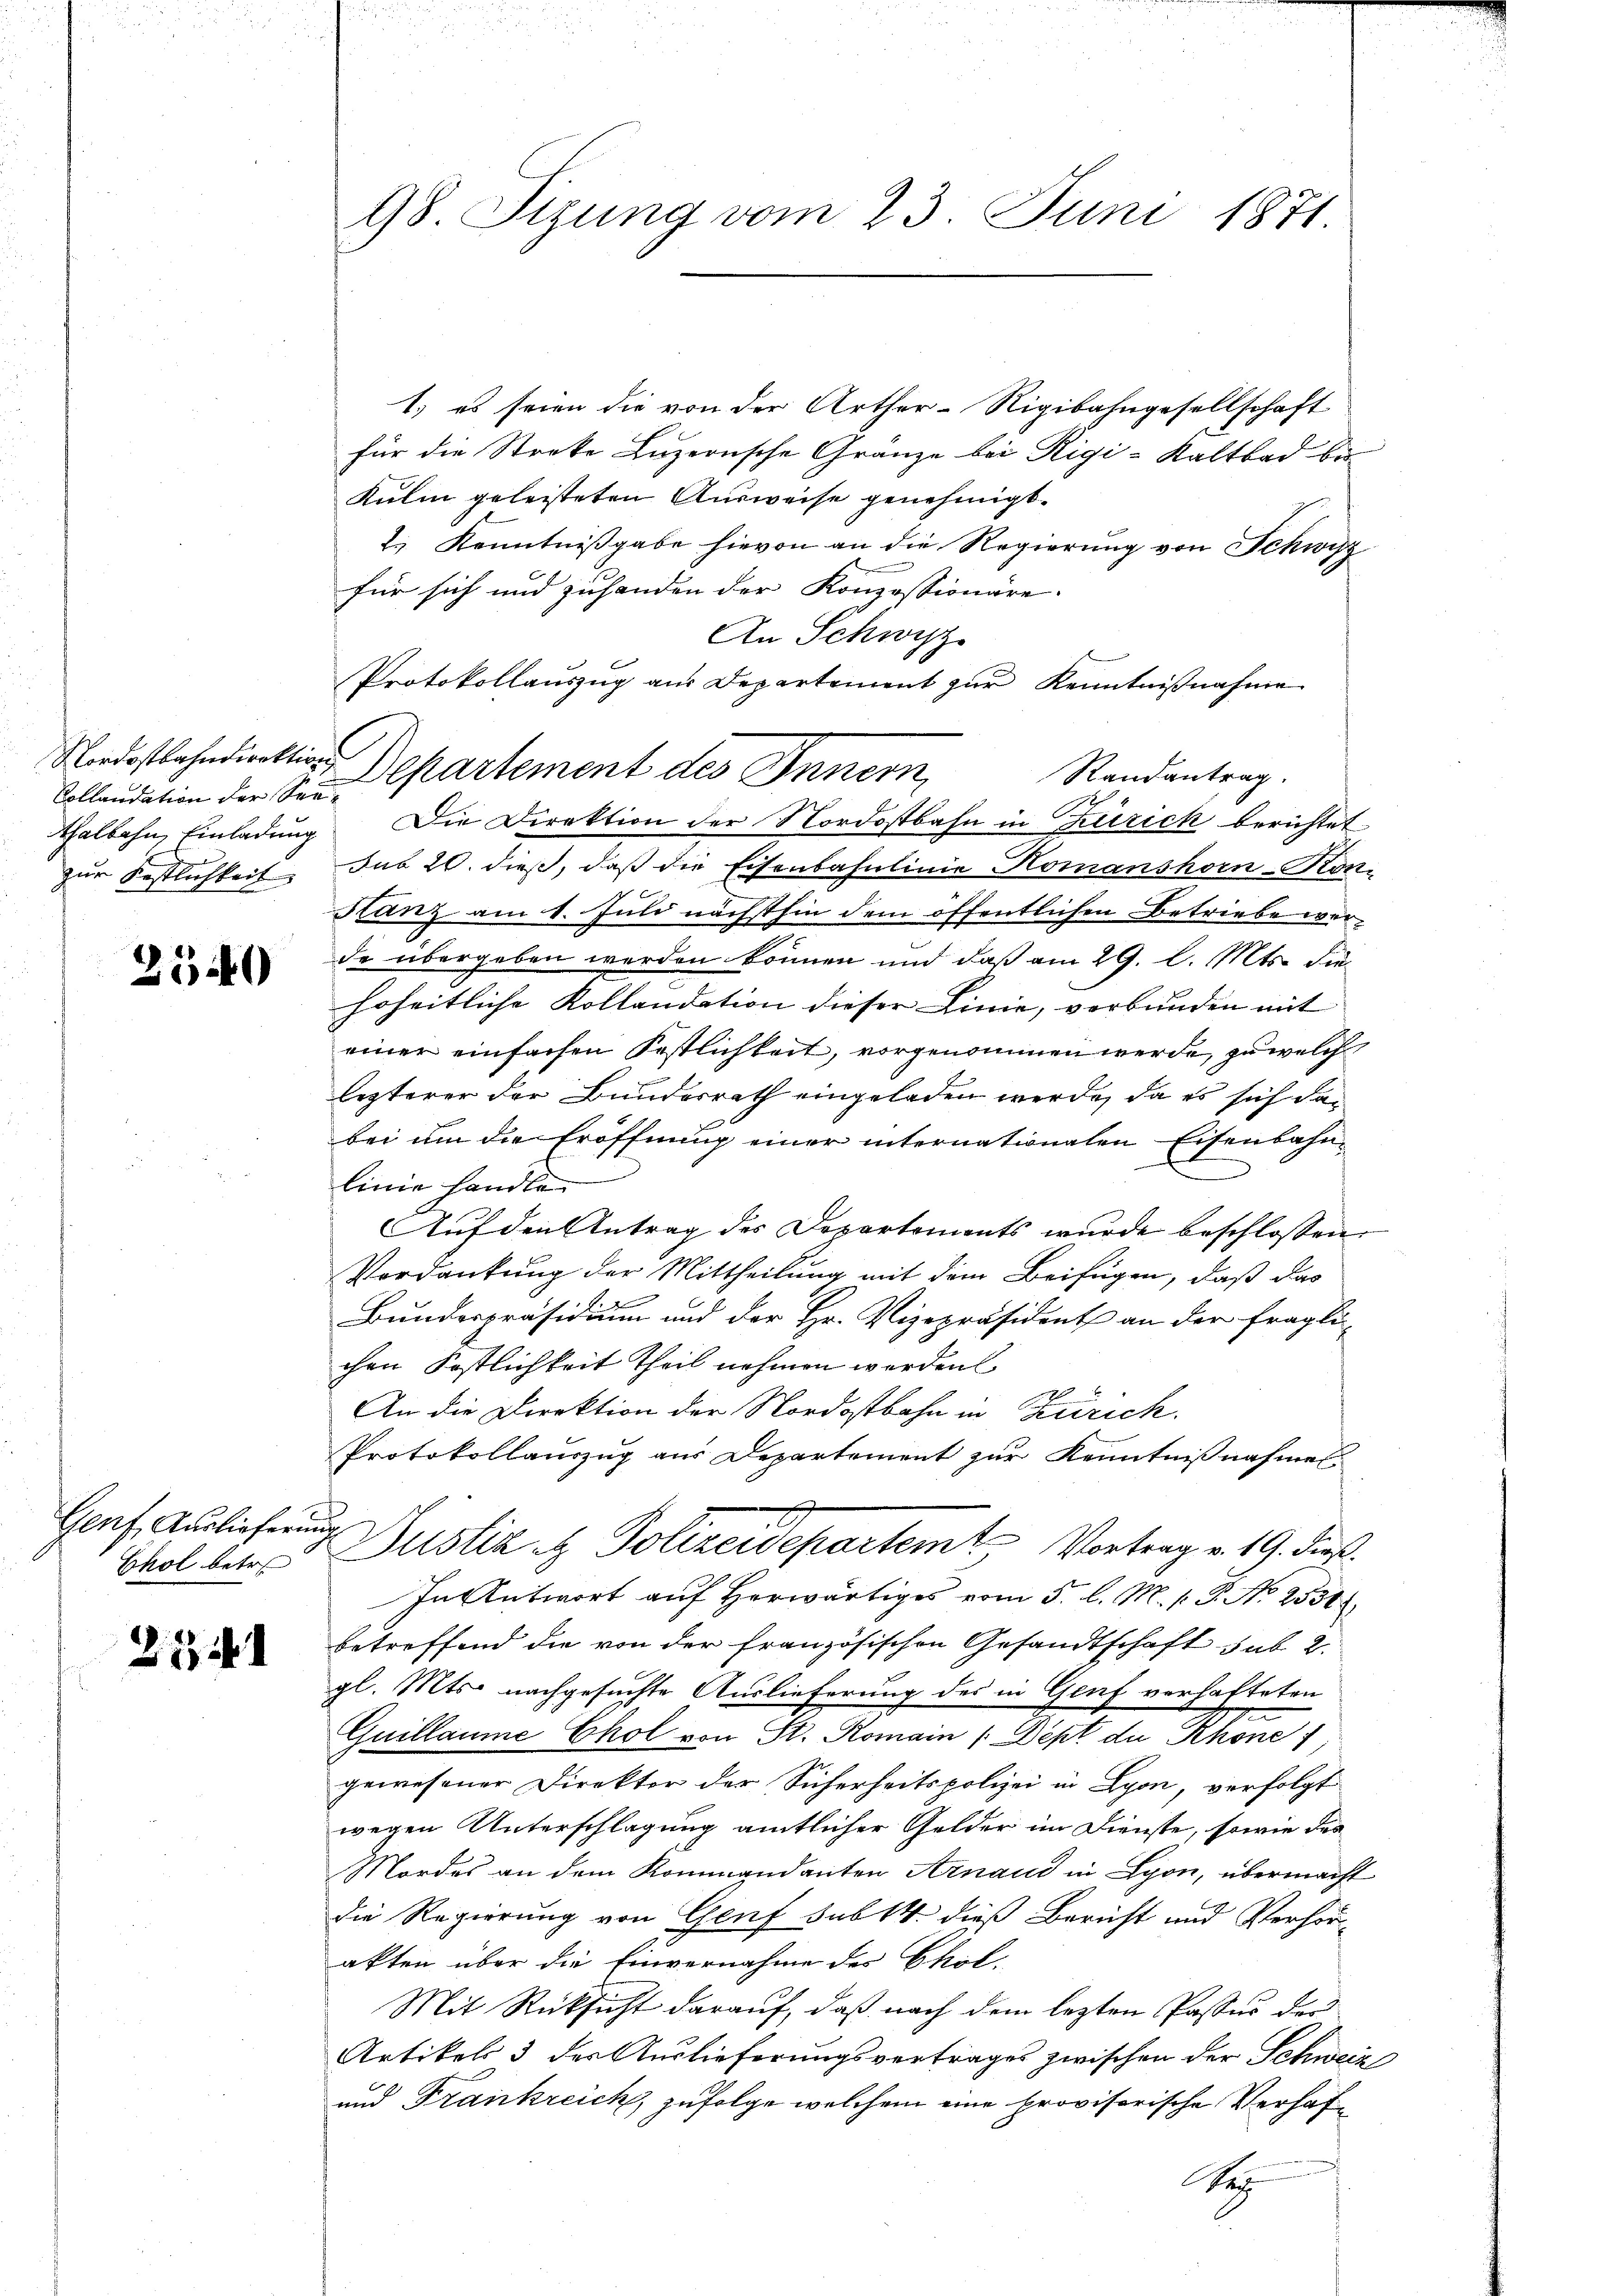
Collandation der See¬

2340

Genf, Auslieferung

27

1.) es seien die von der Arther-Rigibahngesellschaft
für die Stocke Luzernsche Gränze bei Rigi-Kaltbad be
Kulm geleisteten Ausweise genehmigt.
2.) Kenntnißgabe hievon an die Regierung von Schwyz
für sich und zuhanden der Konzessionäre.
An Schwyz
Protokollauszug aus Departement zur Kenntnißnahme
Randantrag.
thalbahn Einladung. Die Direktion der Nordostbahn in Zürich berichtet
zur Festlichkeit. Sub 20. dieß, daß die Eisenbahnlinie Komanshorn-Kon¬
Hanz am 1. Juli nächsthin dem öffentlichen Betriebe wer-
de übergeben werden können und daß am 29. l. Mts. diehoheitliche Kollandation dieser Linie, verbunden mit
einer einfachen Festlichkeit, vorgenommen werde, zu welch
lezterer der Bundesrath eingeladen werde, da es sich dan
bei um die Eröffnung einer internationalen Eisenbahnlinie handle.
Auf den Antrag des Departements wurde beschlossen
Vordankung der Mittheilung mit dem Beifügen, daß das
.
Bundespräsidium und der Hr. Vizepräsident an der fragli-
chen Köstlichkeit Theil nehmen werden
An die Direktion der Nordostbahn in Zürich.
Protokollauszug aus Departement zur Kenntnißnahmes
Chol betr. Justiz & Polizeidepartem Vortrag v. 19. dieß.
In Antwort auf Herwärtiges vom 5. l. M. P.P. No 2551
betreffend die von der französischen Gesandtschaft sub. 2.
gl. Mts. nachgesuchte Auslieferung des in Genf verhalteten
.
Quillaume Chol von St. Romain (Dept de Rhone
gewesener Direktor der Sicherheitspolizei in Lyon, verfolgt
wegen Unterschlagung amtlicher Gelder im Dienste, sowie des
Mordes an dem Kommandanten Arnaud in Lyon, übermacht
Die Regierung von Genf sub 14. dieß Bericht und Verhörakten über die Einvernahme des Ekol¬
Mit Rücksicht darauf, daß nach dem lezten Passus der
Artikels 3 des Auslieferungsvertrages zwischen der Schweiz
und Frankreich, zufolge welchem eine provisorische Verhaf¬
Se

98. Sizung vom 23. Juni 1871

Nordostbahndirektion Departement des Innern,